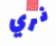
نري